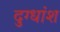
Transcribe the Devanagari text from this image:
दुग्धांश